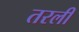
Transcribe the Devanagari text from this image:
तरली